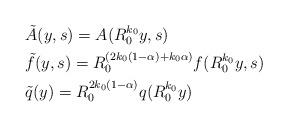
LaTeX: \begin{align*}&\tilde A(y,s)=A(R_0^{k_0}y,s)\\&\tilde f(y,s)=R_0^{(2k_0(1-\alpha)+k_0\alpha)}f(R_0^{k_0}y,s)\\&\tilde q (y)=R_0^{2k_0(1-\alpha)} q (R_0^{k_0}y)\end{align*}